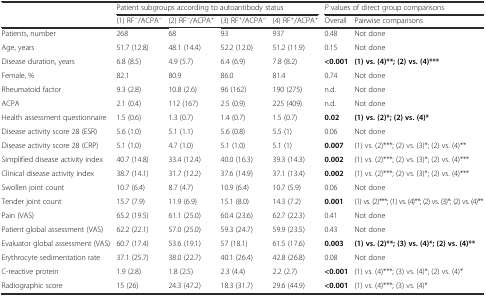
<table><thead><tr><td></td><td colspan="4"><b>Patient subgroups according to autoantibody status</b></td><td colspan="2"><b><i>P</i> values of direct group comparisons</b></td></tr><tr><td></td><td><b>(1) RF<sup>−</sup>/ACPA<sup>−</sup></b></td><td><b>(2) RF<sup>−</sup>/ACPA<sup>+</sup></b></td><td><b>(3) RF<sup>+</sup>/ACPA<sup>−</sup></b></td><td><b>(4) RF<sup>+</sup>/ACPA<sup>+</sup></b></td><td><b>Overall</b></td><td><b>Pairwise comparisons</b></td></tr></thead><tbody><tr><td>Patients, number</td><td>268</td><td>68</td><td>93</td><td>937</td><td>0.48</td><td>Not done</td></tr><tr><td>Age, years</td><td>51.7 (12.8)</td><td>48.1 (14.4)</td><td>52.2 (12.0)</td><td>51.2 (11.9)</td><td>0.15</td><td>Not done</td></tr><tr><td>Disease duration, years</td><td>6.8 (8.5)</td><td>4.9 (5.7)</td><td>6.4 (6.9)</td><td>7.8 (8.2)</td><td><b>&lt;0.001</b></td><td><b>(1) vs. (4)**; (2) vs. (4)***</b></td></tr><tr><td>Female, %</td><td>82.1</td><td>80.9</td><td>86.0</td><td>81.4</td><td>0.74</td><td>Not done</td></tr><tr><td>Rheumatoid factor</td><td>9.3 (2.8)</td><td>10.8 (2.6)</td><td>96 (162)</td><td>190 (275)</td><td>n.d.</td><td>Not done</td></tr><tr><td>ACPA</td><td>2.1 (0.4)</td><td>112 (167)</td><td>2.5 (0.9)</td><td>225 (409)</td><td>n.d.</td><td>Not done</td></tr><tr><td>Health assessment questionnaire</td><td>1.5 (0.6)</td><td>1.3 (0.7)</td><td>1.4 (0.7)</td><td>1.5 (0.7)</td><td><b>0.02</b></td><td><b>(1) vs. (2)*; (2) vs. (4)*</b></td></tr><tr><td>Disease activity score 28 (ESR)</td><td>5.6 (1.0)</td><td>5.1 (1.1)</td><td>5.6 (0.8)</td><td>5.5 (1)</td><td>0.06</td><td>Not done</td></tr><tr><td>Disease activity score 28 (CRP)</td><td>5.1 (1.0)</td><td>4.7 (1.0)</td><td>5.1 (1.0)</td><td>5.1 (1)</td><td><b>0.007</b></td><td>(1) vs. (2)***; (2) vs. (3)*; (2) vs. (4)**</td></tr><tr><td>Simplified disease activity index</td><td>40.7 (14.8)</td><td>33.4 (12.4)</td><td>40.0 (16.3)</td><td>39.3 (14.3)</td><td><b>0.002</b></td><td>(1) vs. (2)***; (2) vs. (3)*; (2) vs. (4)***</td></tr><tr><td>Clinical disease activity index</td><td>38.7 (14.1)</td><td>31.7 (12.2)</td><td>37.6 (14.9)</td><td>37.1 (13.4)</td><td><b>0.002</b></td><td>(1) vs. (2)***; (2) vs. (3)*; (2) vs. (4)***</td></tr><tr><td>Swollen joint count</td><td>10.7 (6.4)</td><td>8.7 (4.7)</td><td>10.9 (6.4)</td><td>10.7 (5.9)</td><td>0.06</td><td>Not done</td></tr><tr><td>Tender joint count</td><td>15.7 (7.9)</td><td>11.9 (6.9)</td><td>15.1 (8.0)</td><td>14.3 (7.2)</td><td><b>0.001</b></td><td>(1) vs. (2)***; (1) vs. (4)**; (2) vs. (3)*; (2) vs. (4)**</td></tr><tr><td>Pain (VAS)</td><td>65.2 (19.5)</td><td>61.1 (25.0)</td><td>60.4 (23.6)</td><td>62.7 (22.3)</td><td>0.41</td><td>Not done</td></tr><tr><td>Patient global assessment (VAS)</td><td>62.2 (22.1)</td><td>57.0 (25.0)</td><td>59.3 (24.7)</td><td>59.9 (23.5)</td><td>0.43</td><td>Not done</td></tr><tr><td>Evaluator global assessment (VAS)</td><td>60.7 (17.4)</td><td>53.6 (19.1)</td><td>57 (18.1)</td><td>61.5 (17.6)</td><td><b>0.003</b></td><td><b>(1) vs. (2)**; (3) vs. (4)*; (2) vs. (4)**</b></td></tr><tr><td>Erythrocyte sedimentation rate</td><td>37.1 (25.7)</td><td>38.0 (22.7)</td><td>40.1 (26.4)</td><td>42.8 (26.8)</td><td>0.08</td><td>Not done</td></tr><tr><td>C-reactive protein</td><td>1.9 (2.8)</td><td>1.8 (2.5)</td><td>2.3 (4.4)</td><td>2.2 (2.7)</td><td><b>&lt;0.001</b></td><td>(1) vs. (4)***; (3) vs. (4)*; (2) vs. (4)*</td></tr><tr><td>Radiographic score</td><td>15 (26)</td><td>24.3 (47.2)</td><td>18.3 (31.7)</td><td>29.6 (44.9)</td><td><b>&lt;0.001</b></td><td>(1) vs. (4)***; (3) vs. (4)*</td></tr></tbody></table>